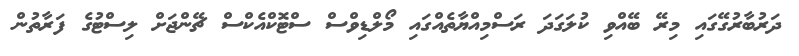
ދަރުބާރުގޭގައި މިރޭ ބޭއްވި ކުލަގަދަ ރަސްމިއްޔާތެއްގައި މޯލްޑިވްސް ސްޓޮކްއެކްސް ޗޭންޖަށް ލިސްޓުގެ ފަރާތުން